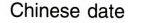
Chinese date